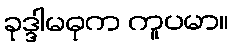
ခုဒ္ဒါမဓုက ကူပမာ။